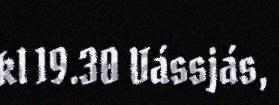
kl 19.30 Vássjás,